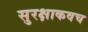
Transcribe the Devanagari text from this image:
सुरक्षाकवच